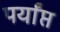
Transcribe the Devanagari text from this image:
पर्यांप्त